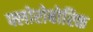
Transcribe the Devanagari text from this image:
फ्लोरोबोरिक